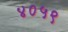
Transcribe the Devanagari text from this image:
४०५९